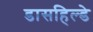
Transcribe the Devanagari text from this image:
डासहिल्डे